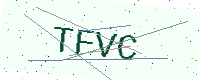
Text: TFVC